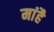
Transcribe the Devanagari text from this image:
मांहै